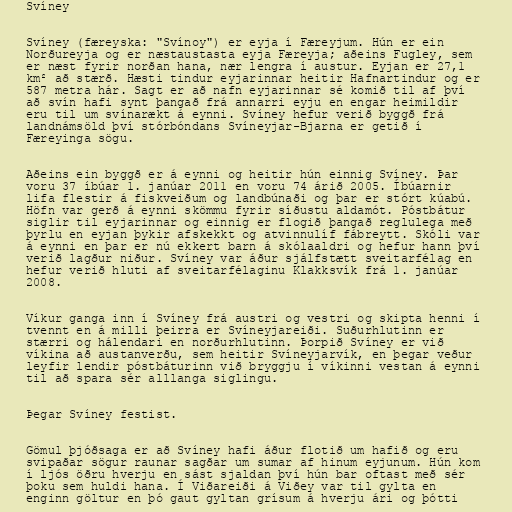
Svíney

Svíney (færeyska: "Svínoy") er eyja í Færeyjum. Hún er ein
Norðureyja og er næstaustasta eyja Færeyja; aðeins Fugley, sem
er næst fyrir norðan hana, nær lengra í austur. Eyjan er 27,1
km² að stærð. Hæsti tindur eyjarinnar heitir Hafnartindur og er
587 metra hár. Sagt er að nafn eyjarinnar sé komið til af því
að svín hafi synt þangað frá annarri eyju en engar heimildir
eru til um svínarækt á eynni. Svíney hefur verið byggð frá
landnámsöld því stórbóndans Svíneyjar-Bjarna er getið í
Færeyinga sögu.

Aðeins ein byggð er á eynni og heitir hún einnig Svíney. Þar
voru 37 íbúar 1. janúar 2011 en voru 74 árið 2005. Íbúarnir
lifa flestir á fiskveiðum og landbúnaði og þar er stórt kúabú.
Höfn var gerð á eynni skömmu fyrir síðustu aldamót. Póstbátur
siglir til eyjarinnar og einnig er flogið þangað reglulega með
þyrlu en eyjan þykir afskekkt og atvinnulíf fábreytt. Skóli var
á eynni en þar er nú ekkert barn á skólaaldri og hefur hann því
verið lagður niður. Svíney var áður sjálfstætt sveitarfélag en
hefur verið hluti af sveitarfélaginu Klakksvík frá 1. janúar
2008.

Víkur ganga inn í Svíney frá austri og vestri og skipta henni í
tvennt en á milli þeirra er Svíneyjareiði. Suðurhlutinn er
stærri og hálendari en norðurhlutinn. Þorpið Svíney er við
víkina að austanverðu, sem heitir Svíneyjarvík, en þegar veður
leyfir lendir póstbáturinn við bryggju í víkinni vestan á eynni
til að spara sér alllanga siglingu.

Þegar Svíney festist.

Gömul þjóðsaga er að Svíney hafi áður flotið um hafið og eru
svipaðar sögur raunar sagðar um sumar af hinum eyjunum. Hún kom
í ljós öðru hverju en sást sjaldan því hún bar oftast með sér
þoku sem huldi hana. Í Viðareiði á Viðey var til gylta en
enginn göltur en þó gaut gyltan grísum á hverju ári og þótti